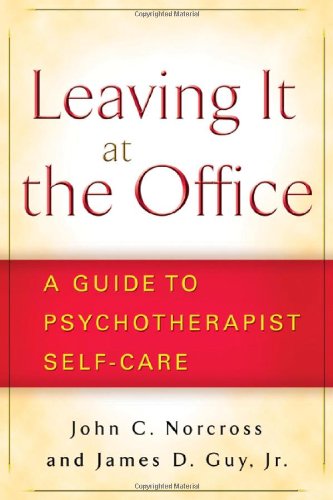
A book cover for Leaving It at the Office: A Guide to Psychotherapist Self-Care; John C. Norcross PhD; Medical Books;